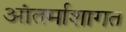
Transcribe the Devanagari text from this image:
आंतर्माशागत